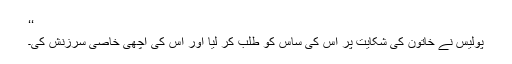
‘‘
پولیس نے خاتون کی شکایت پر اس کی ساس کو طلب کر لیا اور اس کی اچھی خاصی سرزنش کی۔